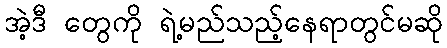
အဲ့ဒီ တွေကို ရဲ့မည်သည့်နေရာတွင်မဆို